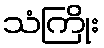
သံကြိုး